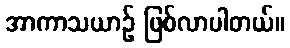
အာကာသယာဉ် ဖြစ်လာပါတယ်။